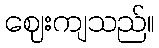
ဈေးကျသည်။